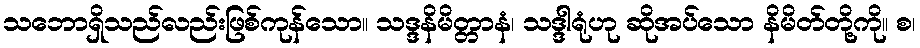
သဘောရှိသည်လည်းဖြစ်ကုန်သော။ သဒ္ဒနိမိတ္တာနံ၊ သဒ္ဒါရုံဟု ဆိုအပ်သော နိမိတ်တို့ကို။ စ၊